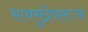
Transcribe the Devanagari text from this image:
भावमुद्रेवरून